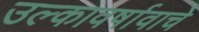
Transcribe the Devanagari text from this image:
उल्कावर्षावाचे